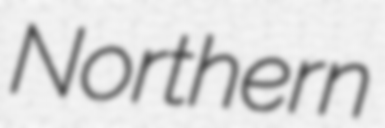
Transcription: Northern